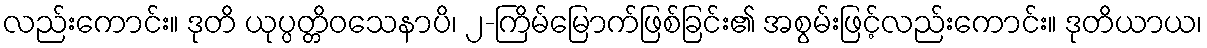
လည်းကောင်း။ ဒုတိ ယုပ္ပတ္တိဝသေနာပိ၊ ၂-ကြိမ်မြောက်ဖြစ်ခြင်း၏ အစွမ်းဖြင့်လည်းကောင်း။ ဒုတိယာယ၊